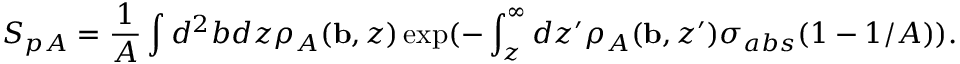
S _ { p A } = { \frac { 1 } { A } } \int d ^ { 2 } b d z \rho _ { A } ( { \bf { b } } , z ) \exp ( - \int _ { z } ^ { \infty } d z ^ { \prime } \rho _ { A } ( { \bf { b } } , z ^ { \prime } ) \sigma _ { a b s } ( 1 - { 1 / A } ) ) .